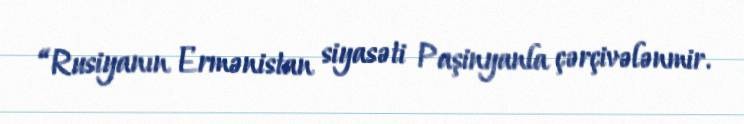
“Rusiyanın Ermənistan siyasəti Paşinyanla çərçivələnmir.